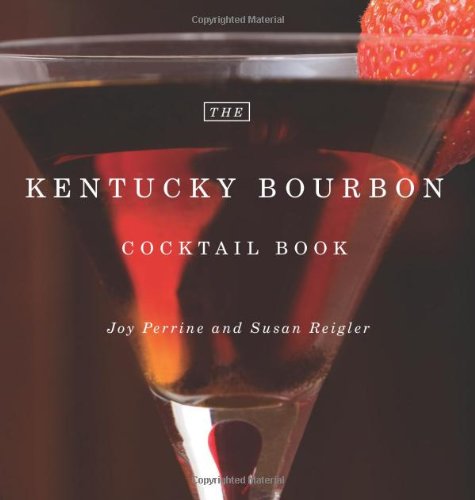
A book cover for The Kentucky Bourbon Cocktail Book; Joy Perrine; Cookbooks, Food & Wine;